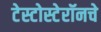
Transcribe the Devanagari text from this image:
टेस्टोस्टेरॉनचे